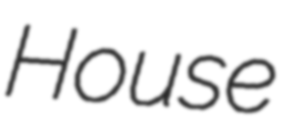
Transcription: House